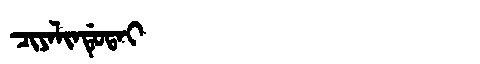
Manchu: ᠴᡳᠶᠠᠯᡳᠨᡩᡠᡨᠠᡳ
Romanization: CIYALINDUTAI